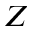
Z